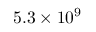
5 . 3 \times 1 0 ^ { 9 }